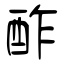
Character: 酢